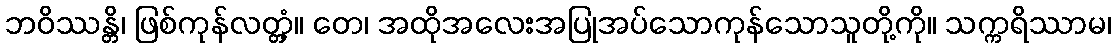
ဘဝိဿန္တိ၊ ဖြစ်ကုန်လတ္တံ့။ တေ၊ အထိုအလေးအပြုအပ်သောကုန်သောသူတို့ကို။ သက္ကရိဿာမ၊